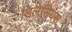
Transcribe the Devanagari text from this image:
डिलेसियस